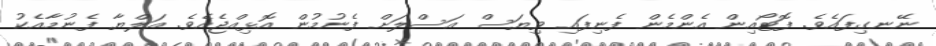
ނޭނގިފައެވެ. ފޮޓޯއިން އެންމެން ފެނިފައި ވިޔަސް އަސްލަށް ފެނުމުން އޮޅިއްޖެއެވެ. އަލްޔާ ފެނުމާއެކު